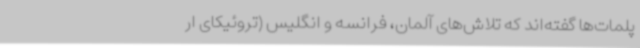
پلمات‌ها گفته‌اند که تلاش‌های آلمان، فرانسه و انگلیس (تروئیکای ار